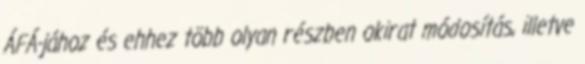
ÁFÁ-jához és ehhez több olyan részben okirat módosítás, illetve